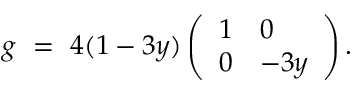
g \ = \ 4 ( 1 - 3 y ) \left( \begin{array} { l l } { 1 } & { 0 } \\ { 0 } & { - 3 y } \end{array} \right) .